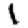
Digit: 1